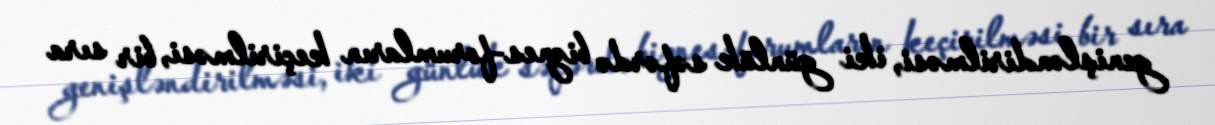
genişləndirilməsi, iki günlük səfərdə biznes-forumların keçirilməsi, bir sıra